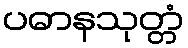
ပဓာနသုတ္တံ